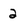
Character: 2